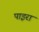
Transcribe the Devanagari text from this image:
पाइरा